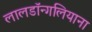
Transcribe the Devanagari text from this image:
लालडॉन्गलियाना